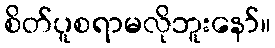
စိတ်ပူစရာမလိုဘူးနော်။